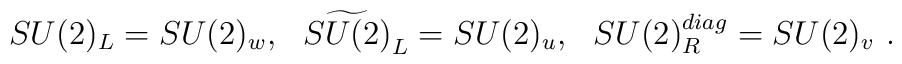
SU(2)_L=SU(2)_w,~~ \widetilde{SU(2)}_L=SU(2)_u,~~SU(2)_R^{diag}=SU(2)_v \ .